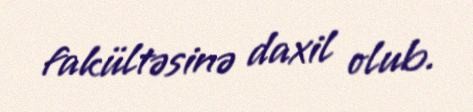
fakültəsinə daxil olub.